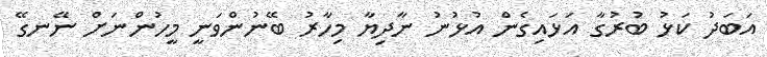
އަބަދު ކަޅު ބުރުގާ އަޅައިގެން އުޅުނު ނާދިޔާ މިހާރު ބޭނުންވަނީ މީހުންނަށް ނޭނގޭ